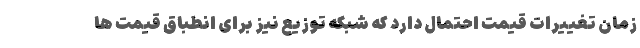
زمان تغییرات قیمت احتمال دارد که شبکه توزیع نیز برای انطباق قیمت ها